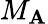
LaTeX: M_{\mathbf{A}}